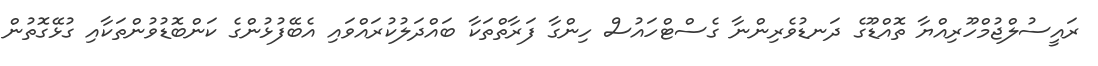
ރައީސުލްޖުމްހޫރިއްޔާ ތޮއްޑޫގެ ދަނޑުވެރިންނާ ގެސްޓްހައުސް ހިންގާ ފަރާތްތަކާ ބައްދަލުކުރައްވައި އެބޭފުޅުންގެ ކަންބޮޑުވުންތަކާއި ގުޅޭގޮތުން